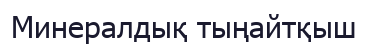
Минералдық тыңайтқыш